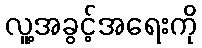
လူ့အခွင့်အရေးကို